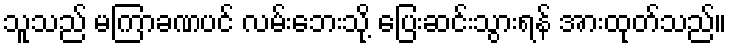
သူသည် မကြာခဏပင် လမ်းဘေးသို့ ပြေးဆင်းသွားရန် အားထုတ်သည်။